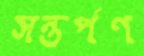
সন্তর্পণ